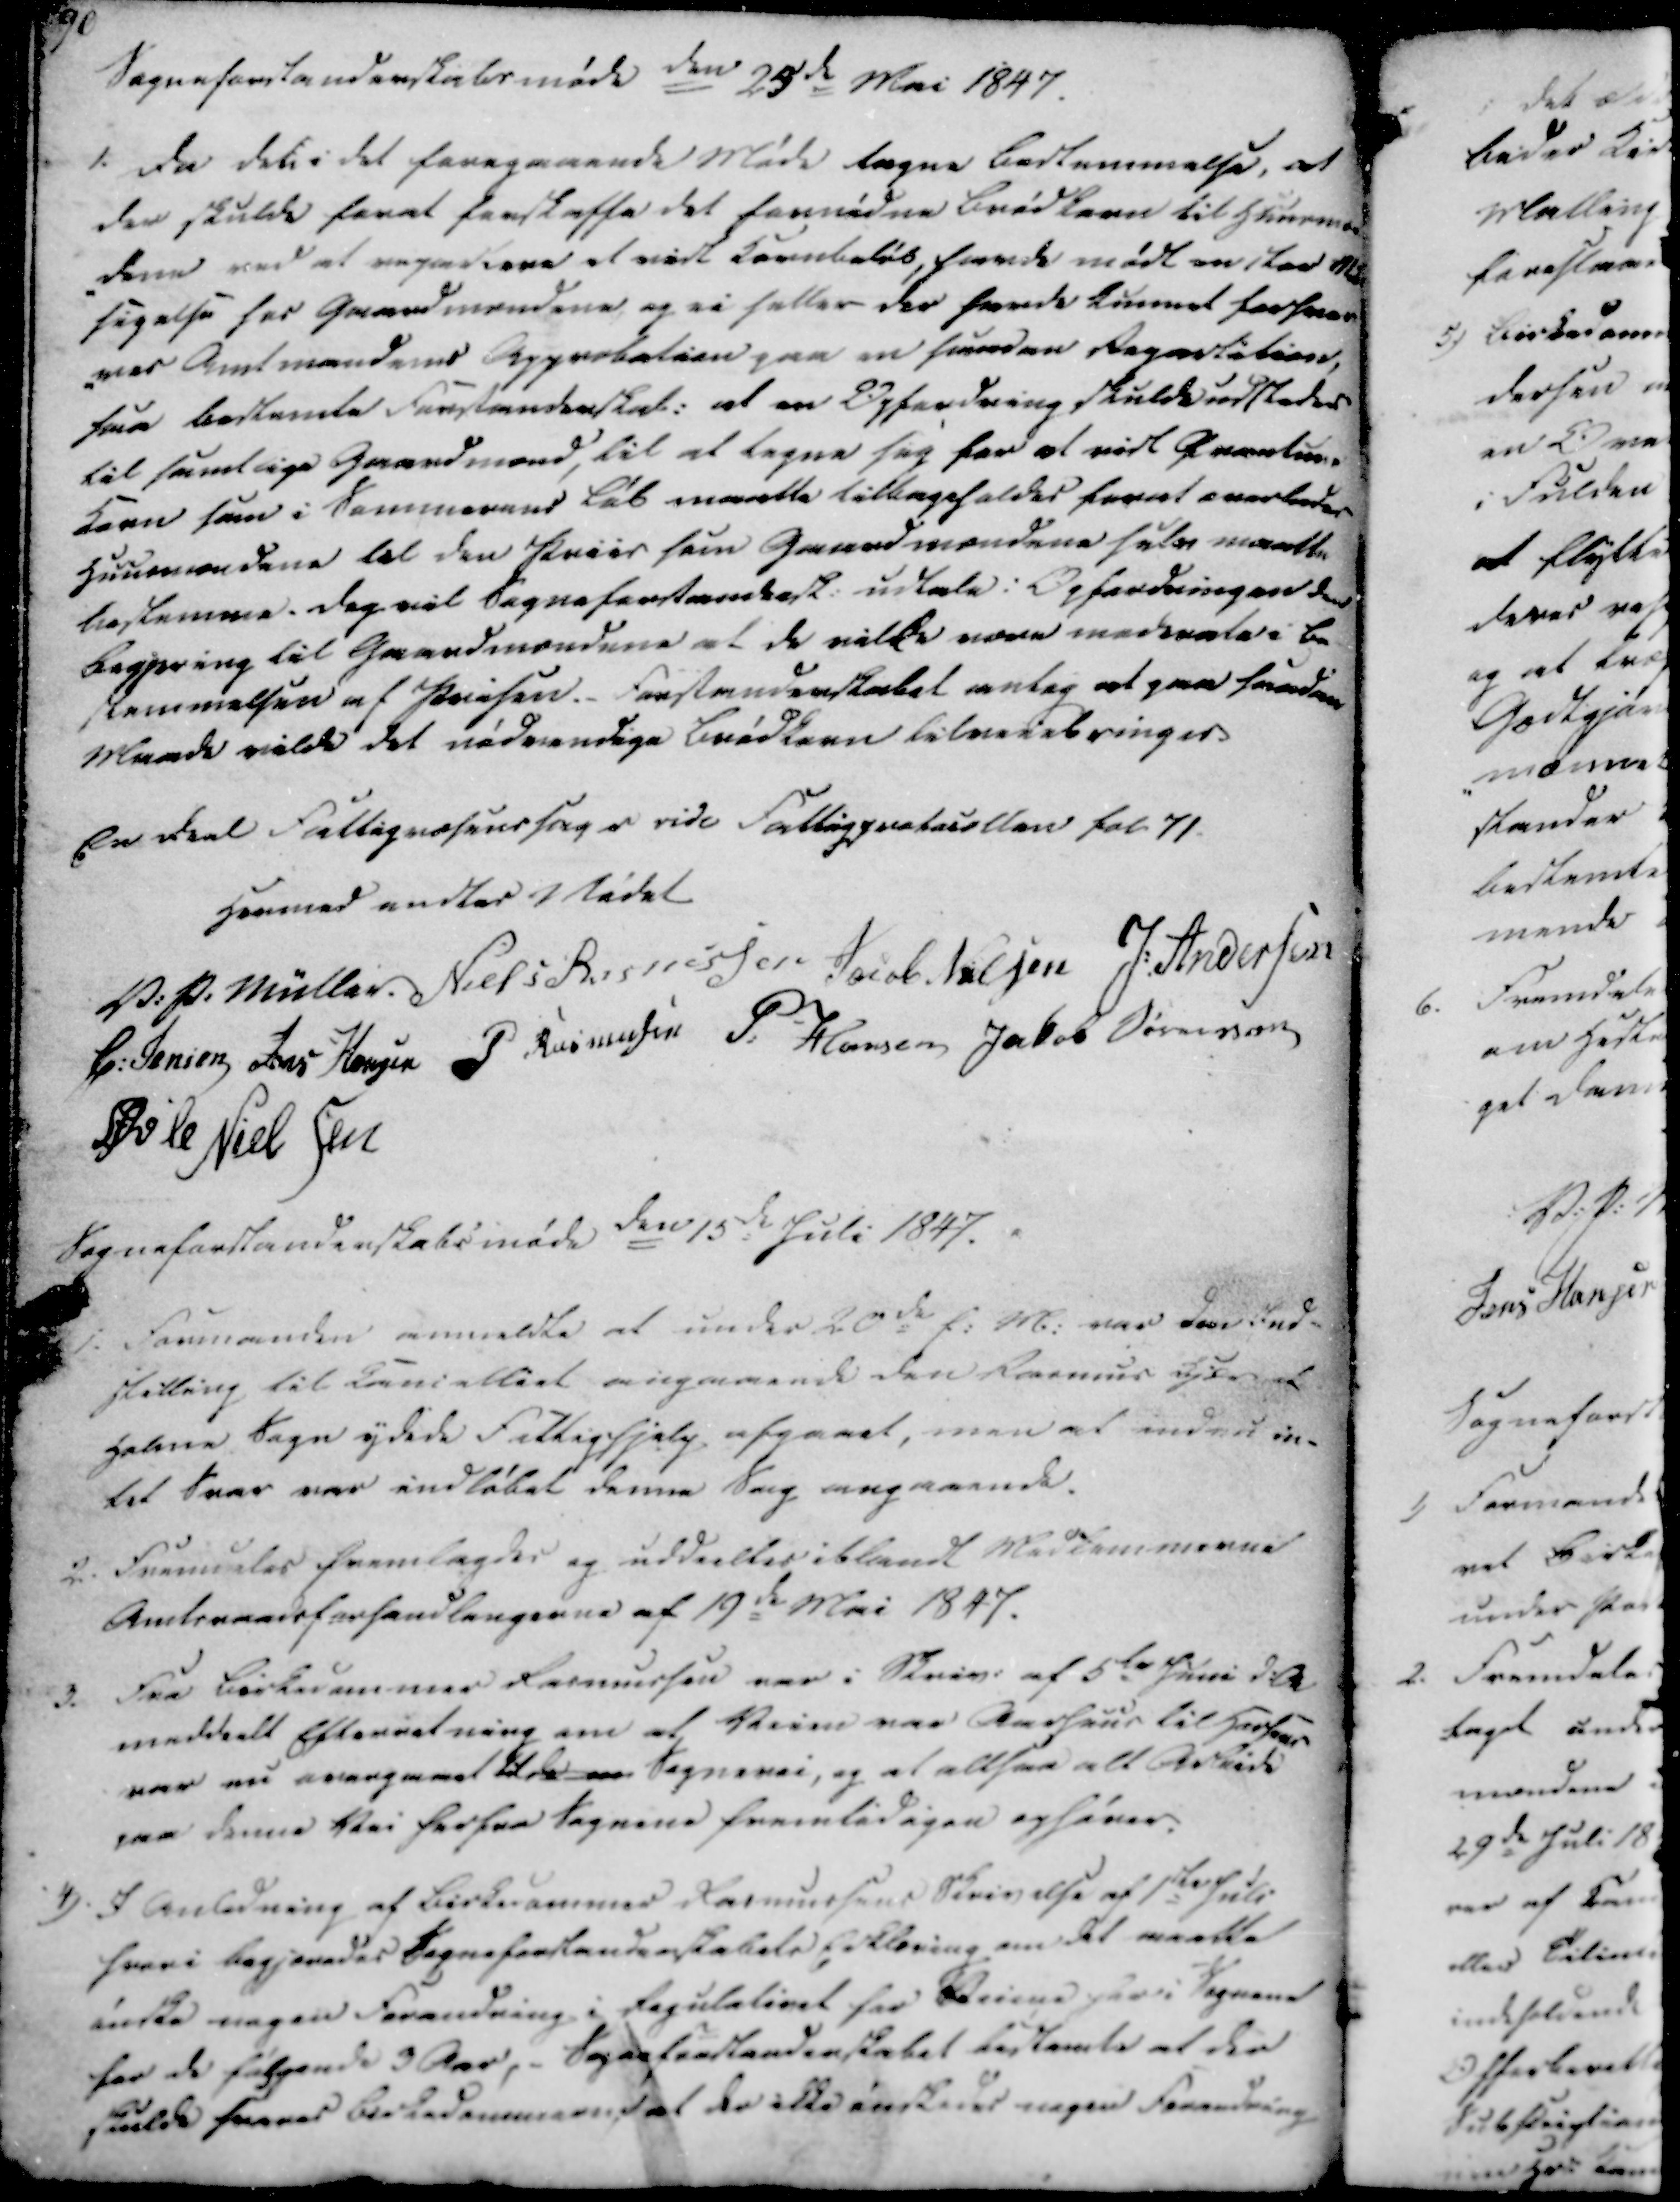
Transskription:
Sogneforstanderskabsmøde den 25de Mai 1847.
1. Da det i det foregaaende Møde tagne Bestemmelse, at
der skulde forat forskaffe det fornødne Brødkorn til Huusmæn-
-dene ved at repatrere et vidt Kornbeløb, havde mødt en stor Mod
sigelse hos Gaardmændene og ei heller der havde kunnet forhver
ves Amtmandens Approbation paa en funden Repartition,
saa bestemte Forstanderskab. at en Opfordning skulde udstedes
til samtlige Gaardmænd, til at tegne sig for at vidt Qvartums
Korn som i Sommerens Løb maatte tilbageholdes forat overledes
Huusmændene til den Priis som Gaardmændene selv maatte
bestemme. Dog vil Sogneforstandersk. udtale i Opfordringen den
begjering til Gaardmændene at de vilde være medrates i be
stemmelsen af Priisen. Forstanderskabet antog at paa saadan
Maade vilde det nødvendige Brødkorn tilveiebringes.

En Deel Fattigvæsenssag r ride Fattigprotocollen fol. 71
Hermed endtes Mødet.
V. P. Müller
Niels Rasmussen
Jacob Nielsen
J. Andersen
C. Jensen
Jens Hansen
P Rasmussen
P. Hansen
Jakob Sørensen
Øvle Nielsen

Sogneforstanderskabsmøde den 15de Juli 1847.

1. Formanden anmeldte at under 20de f. M. var der Ind-
stilling til Cancelliet angaaende den Rasmus Kjær af
Holme Sogn ydede Fattighjelp afgaaet, men at inden in-
tet Svar var indløbet denne Sag angaaende.

2. Fremmeles fremlagdes og uddeeltes iblandt Medlemmerne
Amtsraadsforhandlingerne af 19de Mai 1847.

3. Fra Birkedommer Rasmussen var i Skriv. af 5te Juni d.A.
meddeelt Efterretning om at Veien var Aarhuus til Horsens
var nu overgaaet tilda en Sognevei, og at altsaa alt Arbeide
paa denne Vei herfra Sognene fremtidigen ophører.

4). I Anledning af Birkedommer Rasmussens Skrivelse af 1ste Juli
hvori begjæredes Sogneforstanderskabets Erklæring om det maatte
ønske nogen Forandring i Regulativet for Veiene heri Sognene
for de følgende 3 Aar, - Sogneforstanderskabet bestemte at der
skulde svares Birkedommeren; at der ikke ønskedes nogen Forandring